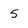
Character: 5